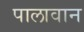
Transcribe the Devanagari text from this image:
पालावान